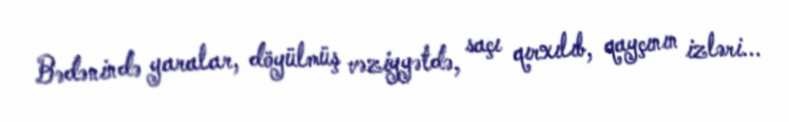
Bədənində yaralar, döyülmüş vəziyyətdə, saçı qırxılıb, qayçının izləri...